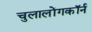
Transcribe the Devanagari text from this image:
चुलालोंगकॉर्न